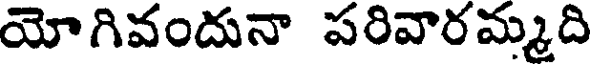
యోగివందునా పరివారమ్మది